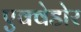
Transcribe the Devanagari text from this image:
एक्वेडोर